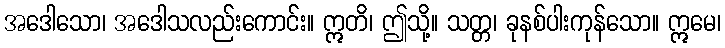
အဒေါသော၊ အဒေါသလည်းကောင်း။ ဣတိ၊ ဤသို့။ သတ္တ၊ ခုနစ်ပါးကုန်သော။ ဣမေ၊